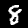
Label: 8